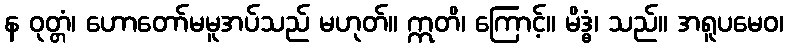
န ဝုတ္တံ၊ ဟောတော်မမူအပ်သည် မဟုတ်။ ဣတိ၊ ကြောင့်။ မိဒ္ဓံ၊ သည်။ အရူပမေဝ၊